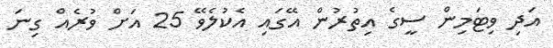
އަދި ވިޓަމިން ސީގެ އިތުރުން އޭގައި އެކުލެވޭ 25 އަށް ވުރެއް ގިނަ